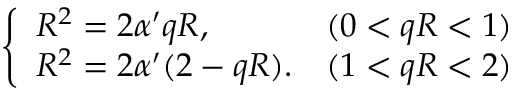
\left\{ \begin{array} { l l } { { R ^ { 2 } = 2 \alpha ^ { \prime } q R , } } & { { ( 0 < q R < 1 ) } } \\ { { R ^ { 2 } = 2 \alpha ^ { \prime } ( 2 - q R ) . } } & { { ( 1 < q R < 2 ) } } \end{array} \right.